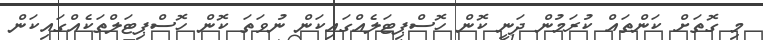
މި ގޮތަށް ކަންތައް ކުރަމުން ދަނީ ކޮން ހޮސްޕިޓަލެއްގައިކަން ނުވަތަ ކޮން ހޮސްޕިޓަލްތަކެއްގައިކަން